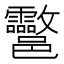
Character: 𨟮